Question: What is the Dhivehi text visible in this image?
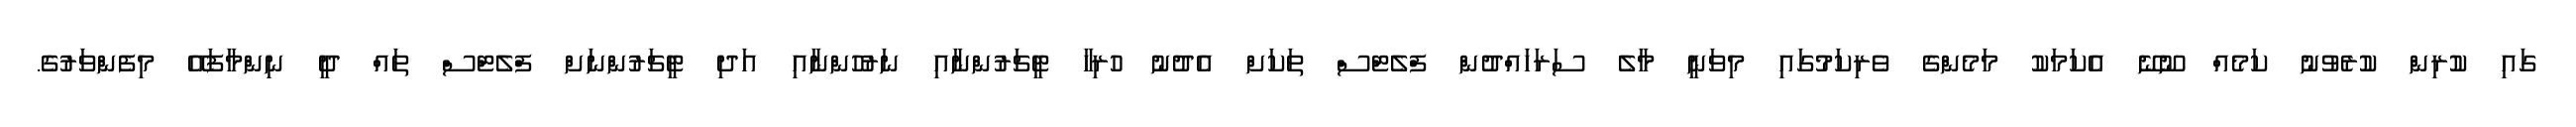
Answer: ގައި ކުރިން ކުރެވުނު ކަމެއް ނޫނޭ އެކަމަކު މަމެންގެ ވެރިކަމުގައި މިވަނީ މާލެ ސަރަހައްދުން ފްލެޓްސް ތަކަށް އެދުނު ހުރިހާ ޓީޗަރުންނާއި ނަރުހުންނާއި އަދި ޓީޗަރުންނަށް ފްލެޓްސް ތައް ދީ ނިންމާފައޭ މިފެންވަރުގެ.